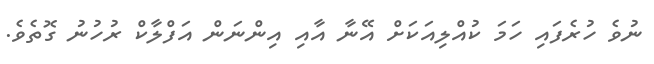
ނުވެ ހުރެފައި ހަމަ ކުއްލިއަކަށް އޭނާ އާއި އިންނަން އަފްލާކް ރުހުނު ގޮތެވެ.